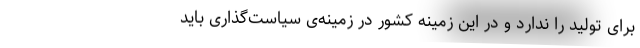
برای تولید را ندارد و در این زمینه کشور در زمینه‌ی سیاست‌گذاری باید